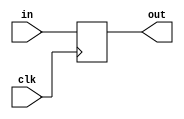
//=============================================
// D Flip-Flop
//=============================================
module DFF(clk,in,out);
  input  clk;
  input  in;
  output out;
  reg    out;
  
  always @(posedge clk)		//<--This is the statement that makes the circuit behave with TIME
  out = in;
 endmodule

//=============================================
// 2:4 Decoder
// Based off observation of using shorthand if statements and multiplexer assembly
//=============================================
module Dec2x4(in, out);
	input [1:0] in;           	// 2-bit Input
	output [3:0]out;    		// 4-bit Output

    // Shorthand if statement, convienent for a 1:2 decoder
	assign out = in[0] && in[1] ? 4'b1000 : (in[1] ? 4'b0100 : (in[0] ? 4'b0010 : 4'b0001));
    
endmodule

//=============================================
// 1:2 Decoder
// Based off observation of using shorthand if statements and multiplexer assembly
//=============================================
module Dec1x2(in, out);
	input in;           // 1-bit Input
	output [1:0]out;    // 2-bit Output

    // Shorthand if statement, convienent for a 1:2 decoder
	assign out = in ? 2'b10 : 2'b01;
    
endmodule

//=============================================
// 4-Channel, 2-Bit Multiplexer
//=============================================
module Mux4(a3, a2, a1, a0, s, b);
	parameter k = 2;                // Two Bits Wide
	input [k-1:0] a3, a2, a1, a0;   // Inputs
	input [3:0]   s;                // One-hot select
	output[k-1:0] b;
	assign b = ({k{s[3]}} & a3) | 
               ({k{s[2]}} & a2) | 
               ({k{s[1]}} & a1) |
               ({k{s[0]}} & a0) ;
endmodule

//=============================================
// 4-Channel, 8-Bit Multiplexer
//=============================================
module Mux4_8bit(a3, a2, a1, a0, s, b);
	parameter k = 8;                // Eight Bits Wide
	input [k-1:0] a3, a2, a1, a0;   // Inputs
	input [3:0]   s;                // One-hot select
	output[k-1:0] b;
	assign b = ({k{s[3]}} & a3) | 
               ({k{s[2]}} & a2) | 
               ({k{s[1]}} & a1) |
               ({k{s[0]}} & a0) ;
endmodule

//=============================================
// 2-Channel, 8-Bit Multiplexer
// Modified from 4-Channel, 5-Bit Multiplexer
//=============================================
module Mux2_8bit(a1, a0, s, b);
	parameter k = 8;        // Eight Bits Wide
	input [k-1:0] a1, a0;   // Inputs
	input [1:0]   s;        // One-hot select
	output[k-1:0] b;
	assign b = ({k{s[1]}} & a1) |
               ({k{s[0]}} & a0);
endmodule

//=============================================
// 2-Channel, 1-Bit Multiplexer
//=============================================
module Mux2(a1, a0, s, b);
	parameter k = 1;        // One bit wide
	input [k-1:0] a1, a0;   // Inputs
	input [1:0]   s;        // One-hot select
	output[k-1:0] b;
	assign b = ({k{s[1]}} & a1) |
               ({k{s[0]}} & a0);
endmodule

//=============================================
// 2-Channel, 1-Bit Multiplexer
//=============================================
module Mux2_2bit(a1, a0, s, b);
	parameter k = 2;        // One bit wide
	input [k-1:0] a1, a0;   // Inputs
	input [1:0]   s;        // One-hot select
	output[k-1:0] b;
	assign b = ({k{s[1]}} & a1) |
               ({k{s[0]}} & a0);
endmodule

//=============================================
// 2-Channel, 1-Bit Multiplexer
//=============================================
module Mux2_6bit(a1, a0, s, b);
	parameter k = 6;        // One bit wide
	input [k-1:0] a1, a0;   // Inputs
	input [1:0]   s;        // One-hot select
	output[k-1:0] b;
	assign b = ({k{s[1]}} & a1) |
               ({k{s[0]}} & a0);
endmodule

// The following three modules are taken from Dr. Becker's sample code 
//   given in HW2 assignment document
module Add_half (input a, b, output c_out, sum);
  xor G1(sum, a, b);
  and G2(c_out, a, b);
endmodule

module Add_full (input a, b, c_in, output c_out, sum);
  wire w1, w2, w3;
  Add_half M1(a, b, w1, w2);
  Add_half M0(w2, c_in, w3, sum);
  or (c_out, w1, w3);
endmodule

module Add_rca_4 (input [3:0] a, b, input c_in, output c_out, output [3:0] sum);
  wire c_in1, c_in2, c_in3, c_in4;
  Add_full M0 (a[0], b[0], c_in, c_in1, sum[0]);
  Add_full M1 (a[1], b[1], c_in1, c_in2, sum[1]);
  Add_full M2 (a[2], b[2], c_in2, c_in3, sum[2]);
  Add_full M3 (a[3], b[3], c_in3, c_out, sum[3]);
endmodule

module Add_rca_8 (input [7:0] a, b, input c_in, output c_out, output [7:0] sum);
   wire c_in4;
   Add_rca_4 M0 (a[3:0], b[3:0], c_in, c_in4, sum[3:0]);
   Add_rca_4 M1 (a[7:4], b[7:4], c_in4, c_out, sum[7:4]);
endmodule

module Add_Sub_8_bit (a, b, m, c_out, sum_out);
    input [7:0] a;
    input [7:0] b;
    input m;

    output [7:0] sum_out;
    output c_out;

    wire [7:0] bx;

    xor XOR_FLIP_0 (bx[0], m, b[0]);
    xor XOR_FLIP_1 (bx[1], m, b[1]);
    xor XOR_FLIP_2 (bx[2], m, b[2]);
    xor XOR_FLIP_3 (bx[3], m, b[3]);
    xor XOR_FLIP_4 (bx[4], m, b[4]);
    xor XOR_FLIP_5 (bx[5], m, b[5]);
    xor XOR_FLIP_6 (bx[6], m, b[6]);
    xor XOR_FLIP_7 (bx[7], m, b[7]);

    Add_rca_8 add(a, bx, m, c_out, sum_out);

endmodule